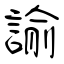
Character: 諭